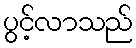
ပွင့်လာသည်